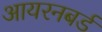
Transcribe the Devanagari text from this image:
आयरनबर्ड